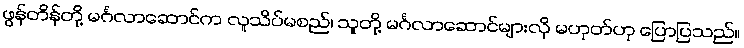
ဖွန်တိန်တို့ မင်္ဂလာဆောင်က လူသိပ်မစည်၊ သူတို့ မင်္ဂလာဆောင်များလို မဟုတ်ဟု ပြောပြသည်။